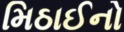
મિઠાઈનો